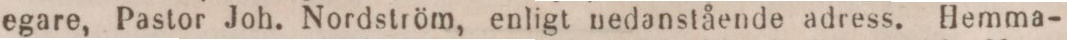
egare, Pastor Joh. Nordström, enligt nedanstående adress. Hemma-